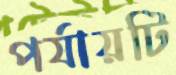
পর্যায়টি